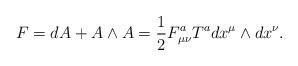
LaTeX: \begin{align*}F=dA +A\wedge A =\frac{1}{2} F^a_{\mu\nu}T^a dx^\mu\wedge dx^\nu .\end{align*}